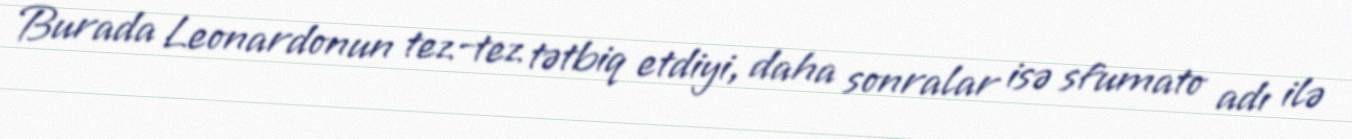
Burada Leonardonun tez-tez tətbiq etdiyi, daha sonralar isə sfumato adı ilə